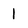
Character: 1